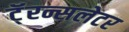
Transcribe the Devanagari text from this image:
टॅ्रन्सलेटर